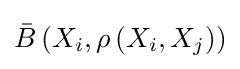
{\bar {B}}\left(X_{i},\rho \left(X_{i},X_{j}\right)\right)